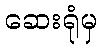
ဆေးရုံမှ